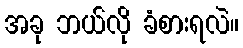
အခု ဘယ်လို ခံစားရလဲ။